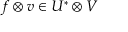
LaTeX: f \otimes v \in U ^ { * } \otimes V